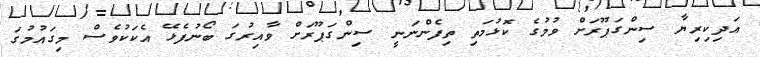
އަދިކިރިޔާ ސިންގަޕޫރަށް ވުމުގެ ކޮޅުމަތި ތިފެންނަނީ ސިންގަޕޫރަށް ވާއިރުގަ ބޯނުފެޅޭ އެކަކުވެސް މިގައުމުގަ